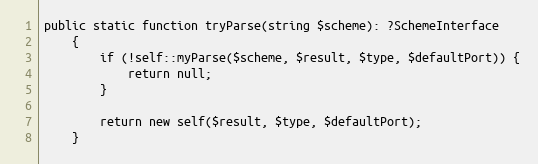
Language: PHP
public static function tryParse(string $scheme): ?SchemeInterface
    {
        if (!self::myParse($scheme, $result, $type, $defaultPort)) {
            return null;
        }

        return new self($result, $type, $defaultPort);
    }